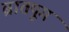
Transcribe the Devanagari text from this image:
ब्रातपूग